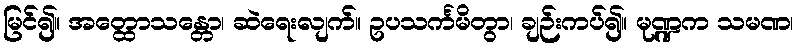
မြင်၍။ အတ္ထောသန္တော၊ ဆဲရေးလျက်။ ဥပသင်္ကမိတွာ၊ ချဉ်းကပ်၍။ မုဏ္ဍက သမဏ၊